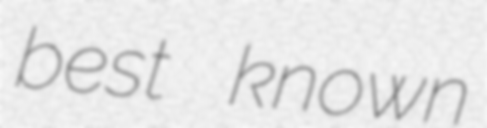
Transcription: best known